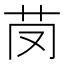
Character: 𦬣